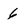
Character: 6